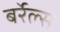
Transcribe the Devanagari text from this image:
बर्रेल्स